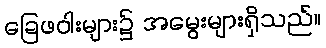
ခြေဖဝါးများ၌ အမွေးများရှိသည်။